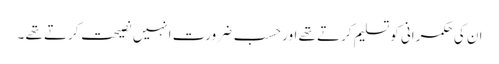
ان کی حکمرانی کو تسلیم کرتے تھے اور حسب ضرورت انہیں نصیحت کرتے تھے ۔